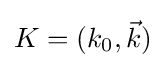
{\textstyle K=(k_{0},{\vec {k}})}